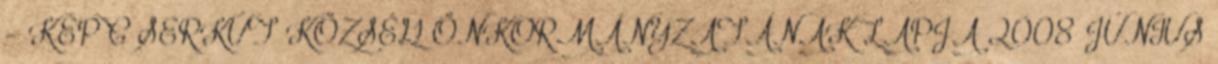
- KÉP C SERKÚT KÖZSÉG ÖNKORMÁNYZATÁNAK LAPJA 2008 JÚNIUS